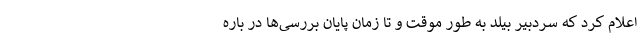
اعلام کرد که سردبیر بیلد به طور موقت و تا زمان پایان بررسی‌ها در باره